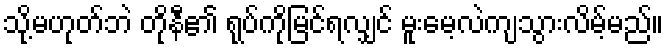
သို့မဟုတ်ဘဲ တိုနီ၏ ရုပ်ကိုမြင်ရလျှင် မူးမေ့လဲကျသွားလိမ့်မည်။